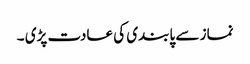
نماز سے پابندی کی عادت پڑی ۔